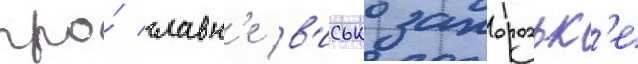
про́ славн'е в'исько запорозьк'е